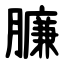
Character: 臁